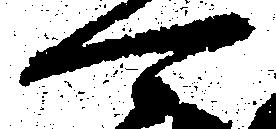
可